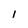
Character: l